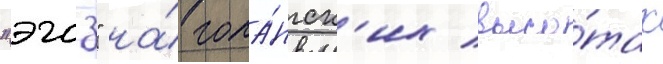
"эгоз" на́ гола́нск'их высо́тах